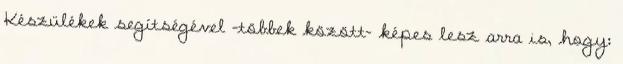
Készülékek segítségével -többek között- képes lesz arra is, hogy: